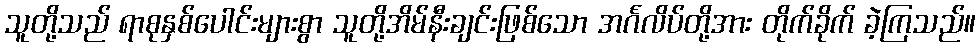
သူတို့သည် ရာစုနှစ်ပေါင်းများစွာ သူတို့အိမ်နီးချင်းဖြစ်သော အင်္ဂလိပ်တို့အား တိုက်ခိုက် ခဲ့ကြသည်။